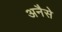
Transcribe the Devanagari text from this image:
अनैसे